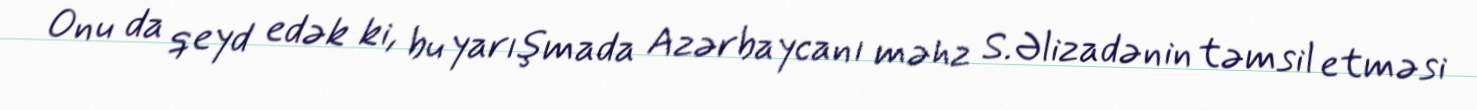
Onu da qeyd edək ki, bu yarışmada Azərbaycanı məhz S.Əlizadənin təmsil etməsi